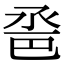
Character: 𢀿